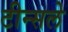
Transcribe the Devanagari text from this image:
टीन्सले